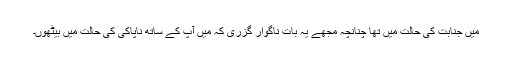
میں جنابت کی حالت میں تھا چنانچہ مجھے یہ بات ناگوار گزری کہ میں آپ کے ساتھ ناپاکی کی حالت میں بیٹھوں۔